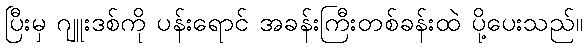
ပြီးမှ ဂျူးဒစ်ကို ပန်းရောင် အခန်းကြီးတစ်ခန်းထဲ ပို့ပေးသည်။